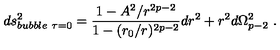
d s _ { b u b b l e \ \tau = 0 } ^ { 2 } = \frac { 1 - A ^ { 2 } / r ^ { 2 p - 2 } } { 1 - ( r _ { 0 } / r ) ^ { 2 p - 2 } } d r ^ { 2 } + r ^ { 2 } d \Omega _ { p - 2 } ^ { 2 } \ .